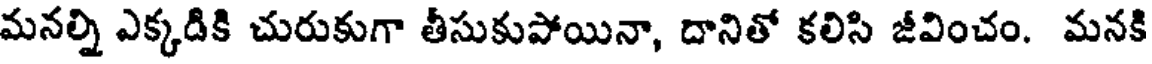
మనల్ని ఎక్కడికి చురుకుగా తీసుకుపోయినా, దానితో కలిసి జీవించం. మనకి